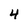
Character: 4